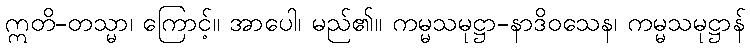
ဣတိ-တသ္မာ၊ ကြောင့်။ အာပေါ၊ မည်၏။ ကမ္မသမုဋ္ဌာ-နာဒိဝသေန၊ ကမ္မသမုဋ္ဌာန်